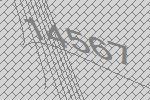
14567